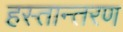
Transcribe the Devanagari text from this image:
हस्‍तान्‍तरण